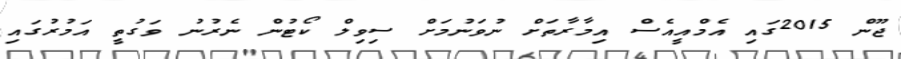
ޖޫން 2015ގައި އެމްއީއެސް އިމާރާތަށް ނުވަނުމަށް ސިވިލް ކޯޓުން ނެރުނު ވަގުތީ އަމުރުގައި